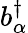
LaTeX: b_{\mathbf{\alpha}}^{\dagger}